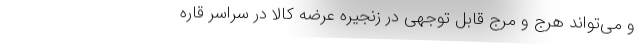
و می‌تواند هرج و مرج قابل توجهی در زنجیره عرضه کالا در سراسر قاره